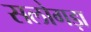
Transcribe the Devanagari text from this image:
सलोगड़ा